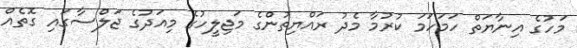
މަހުގެ އިނާޔަތް ހަމަހަމަ ކުރުމާ މެދު ރައްޔިތުންގެ މަޖިލީހުގެ މިއަދުގެ ޖަލްސާގައި ގޮތެއް